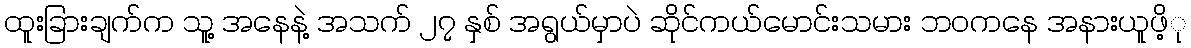
ထူးခြားချက်က သူ့ အနေနဲ့ အသက် ၂၇ နှစ် အရွယ်မှာပဲ ဆိုင်ကယ်မောင်းသမား ဘဝကနေ အနားယူဖိ့ု